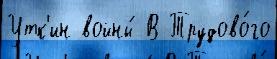
Утк'ин войны́ В Трудово́го